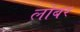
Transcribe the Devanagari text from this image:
लोबर